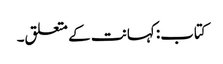
کتاب: کہانت کے متعلق۔